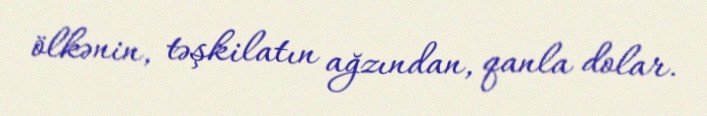
ölkənin, təşkilatın ağzından, qanla dolar.